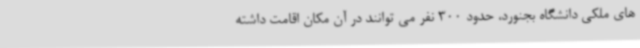
های ملکی دانشگاه بجنورد، حدود 300 نفر می توانند در آن مکان اقامت داشته